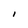
Character: I